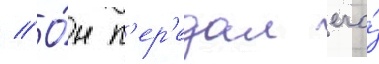
// О́н п'ер'едал его́